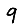
Digit: 9